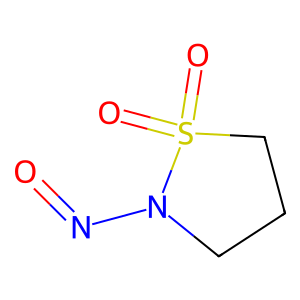
SMILES: O=NN1CCCS1(=O)=O
Inhibits HIV replication: No